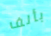
بألف